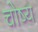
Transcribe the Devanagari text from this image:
चोष्य